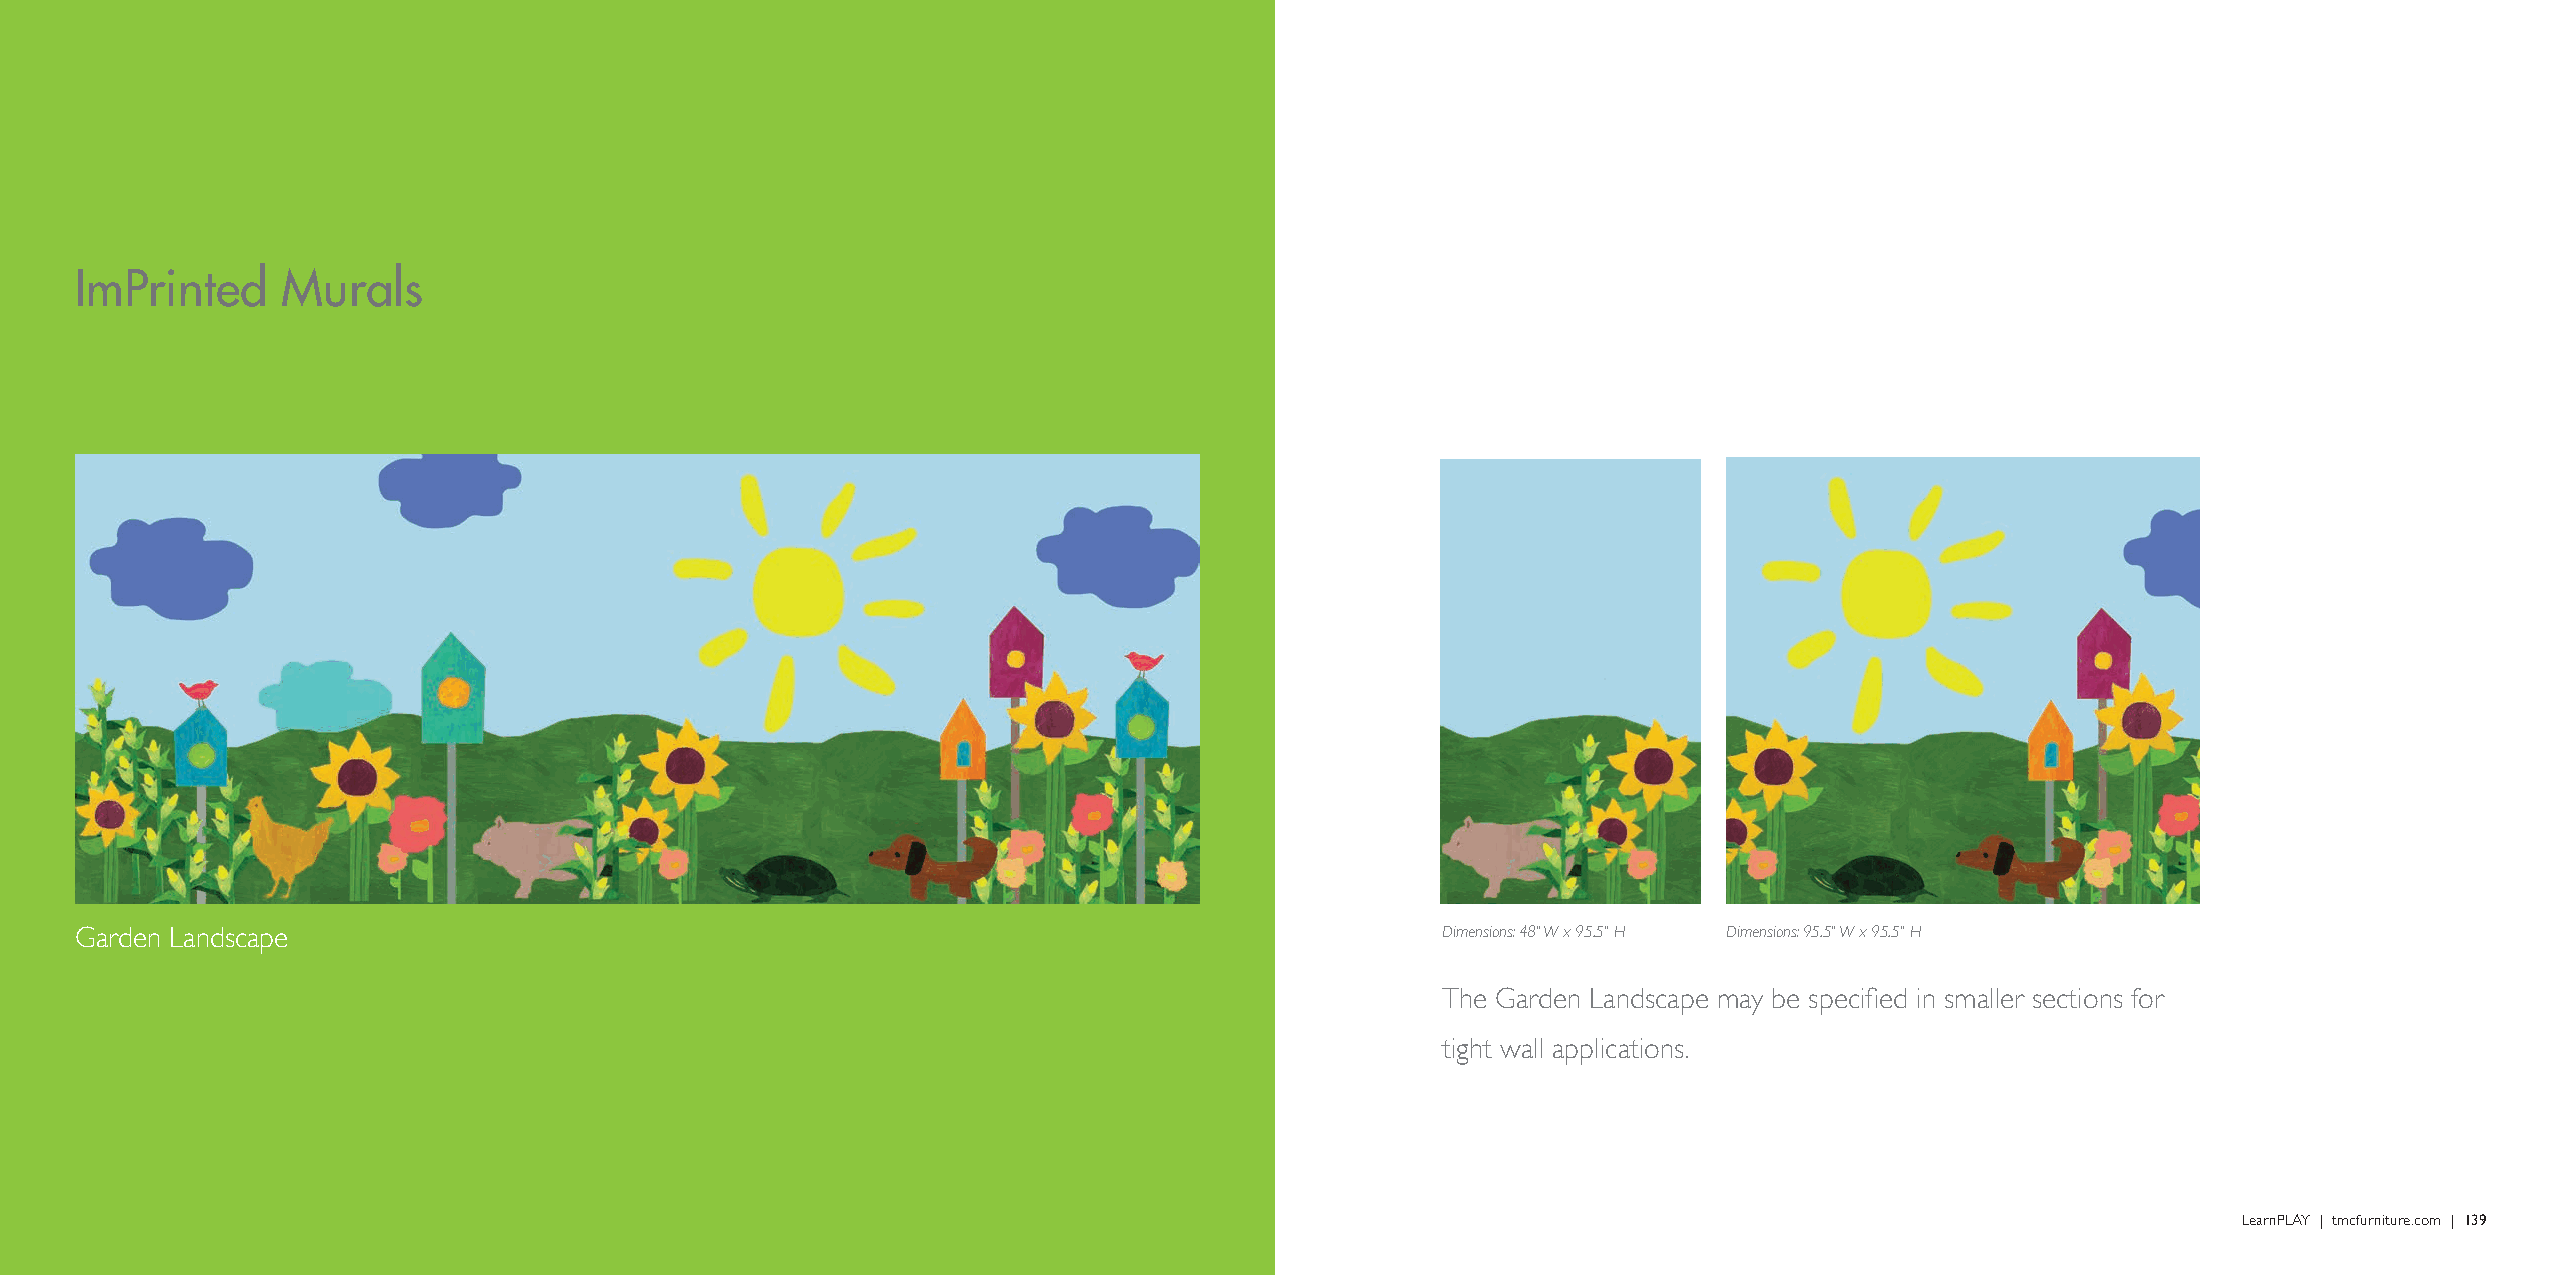
ImPrinted     Murals
 Mabel the Whale
 Garden Landscape                                                                          Dimensions: 48" W x 95.5" H Dimensions: 95.5" W x 95.5" H
 The Garden Landscape may be specified in smaller sections for
 tight wall applications.
 LearnPLAY | tmcfurniture.com | 139